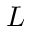
L